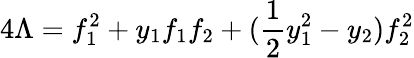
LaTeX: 4\Lambda=f_{1}^{2}+y_{1}f_{1}f_{2}+(\frac{1}{2}y_{1}^{2}-y_{2})f_{2}^{2}